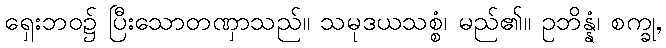
ရှေးဘဝ၌ ပြီးသောတဏှာသည်။ သမုဒယသစ္စံ၊ မည်၏။ ဥဘိန္နံ၊ စက္ခု,